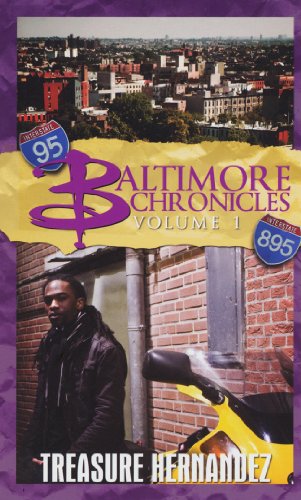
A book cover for Baltimore Chronicles Volume 1; Treasure Hernandez; Mystery, Thriller & Suspense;